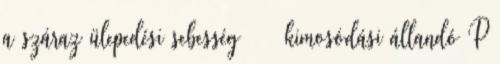
a száraz ülepedési sebesség ω – kimosódási állandó P